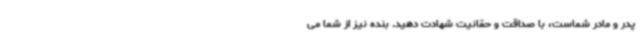
پدر و مادر شماست، با صداقت و حقانیت شهادت دهید. بنده نیز از شما می